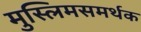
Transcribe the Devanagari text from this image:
मुस्लिमसमर्थक